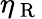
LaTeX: \eta_{\mathrm{~R~}}